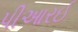
પીઆરઈ